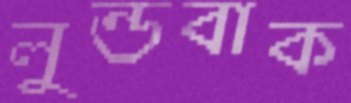
লুন্ডবাক